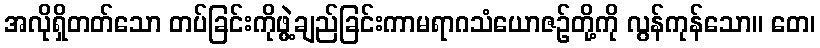
အလိုရှိတတ်သော တပ်ခြင်းကိုဖွဲ့ချည်ခြင်းကာမရာဂသံယောဇဉ်တို့ကို လွန်ကုန်သော။ တေ၊